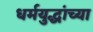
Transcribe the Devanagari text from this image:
धर्मयुद्धांच्या